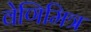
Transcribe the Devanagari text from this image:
वेणिमित्र